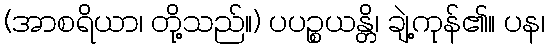
(အာစရိယာ၊ တို့သည်။) ပပဉ္စယန္တိ၊ ချဲ့ကုန်၏။ ပန၊